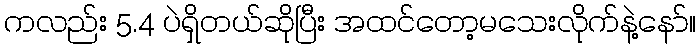
ကလည်း 5.4 ပဲရှိတယ်ဆိုပြီး အထင်တော့မသေးလိုက်နဲ့နော်။